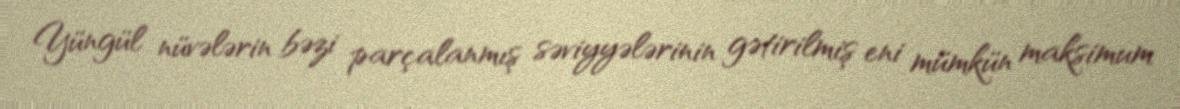
Yüngül nüvələrin bəzi parçalanmış səviyyələrinin gətirilmiş eni mümkün maksimum